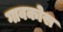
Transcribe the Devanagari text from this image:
गावकोस